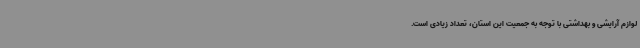
لوازم آرایشی و بهداشتی با توجه به جمعیت این استان، تعداد زیادی است.